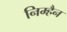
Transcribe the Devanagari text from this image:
निम्हैन